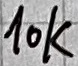
Text: 10K